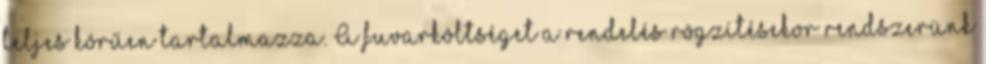
teljes körűen tartalmazza. A fuvarköltséget a rendelés rögzítésekor rendszerünk